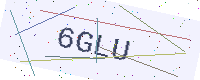
Text: 6GLU